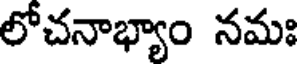
లోచనాభ్యాం నమః